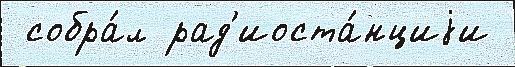
 собра́л рад'иоста́нциjи